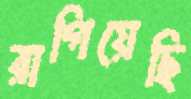
রাগিয়েছি